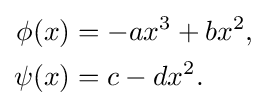
{\begin{aligned}\phi (x)&=-ax^{3}+bx^{2},\\\psi (x)&=c-dx^{2}.\end{aligned}}